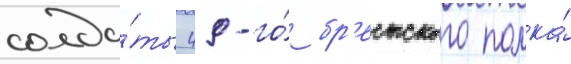
солда́ты 49-го́ бр'естского полка́